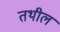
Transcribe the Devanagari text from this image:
तथील